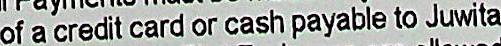
OF A CREDIT CARD OR CASH PAYABLE TO JUWITA